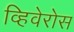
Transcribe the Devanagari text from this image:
व्हिवेरोस